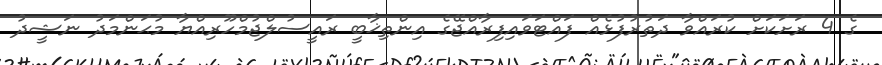
ގެ 4 ރަށަކަށް ކުރައްވާ ދަތުރުފުޅެއް ފައްޓަވައިފިރާއްޖޭގެ އިންތިޚާބީ ރައީސުލްޖުމްހޫރިއްޔާ މުޙަންމަދު ނަޝީދު